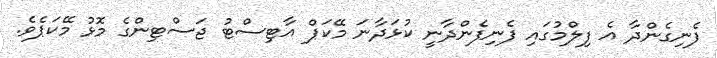
ފެނިގެންދާ އެ ފިލްމުގައި ފެނިފެންދާނީ ކުޅަދާނަ މޭކަޕް އާޓިސްޓު ޖަސްޓިންގެ މޮޅު މޭކަޕެވެ.